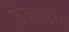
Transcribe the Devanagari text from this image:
टिंकरटॉय